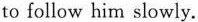
to follow him slowly.